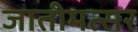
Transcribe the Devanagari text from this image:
जातीमत्सर